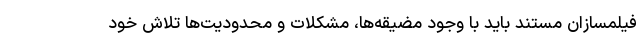
فیلمسازان مستند باید با وجود مضیقه‌ها، مشکلات و محدودیت‌ها تلاش خود